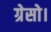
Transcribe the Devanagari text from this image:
ग्रेसो।